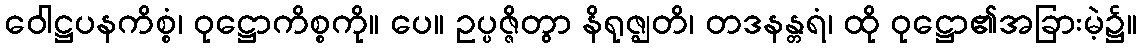
ဝေါဋ္ဌပနကိစ္စံ၊ ဝုဋ္ဌောကိစ္စကို။ ပေ။ ဥပ္ပဇ္ဇိတွာ နိရုဇ္ဈတိ၊ တဒနန္တရံ၊ ထို ဝုဋ္ဌော၏အခြားမဲ့၌။